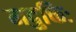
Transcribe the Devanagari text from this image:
मदुक्तिः